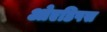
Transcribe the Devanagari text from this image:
ओएडिपस